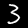
Digit: 3